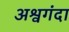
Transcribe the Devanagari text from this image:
अश्वगंदा